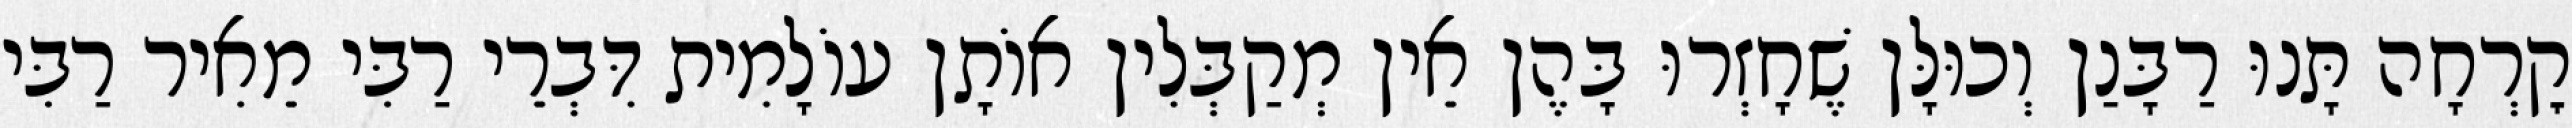
קׇרְחָה תָּנוּ רַבָּנַן וְכוּלָּן שֶׁחָזְרוּ בָּהֶן אֵין מְקַבְּלִין אוֹתָן עוֹלָמִית דִּבְרֵי רַבִּי מֵאִיר רַבִּי